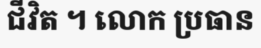
ជីវិត ។ លោក ប្រធាន